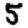
Digit: 5